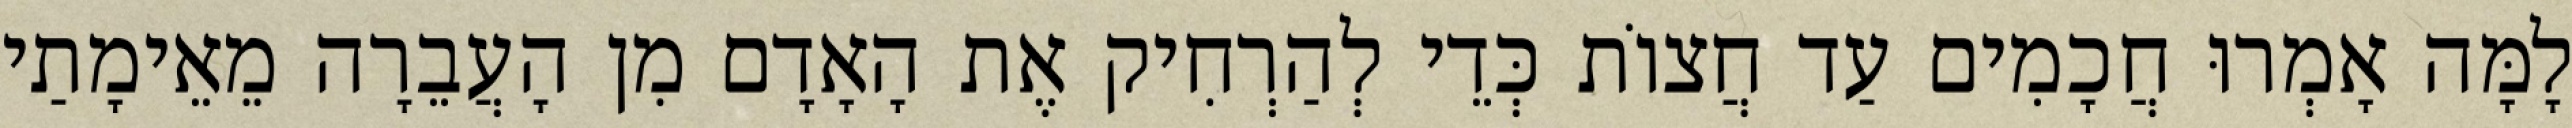
לָמָּה אָמְרוּ חֲכָמִים עַד חֲצוֹת כְּדֵי לְהַרְחִיק אֶת הָאָדָם מִן הָעֲבֵרָה מֵאֵימָתַי